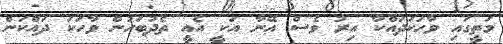
މަތީގައި ވާހަކަދައްކާ އިރު ވެސް އޭނާ އަކީ އެއީ ތެދުބަހުން ވާހަކަ ދައްކަން